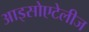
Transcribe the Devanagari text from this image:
आइसोएटेलीज